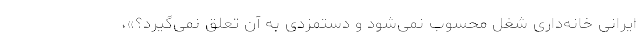
ایرانی خانه‌داری شغل محسوب نمی‌شود و دستمزدی به آن تعلق نمی‌گیرد؟»،